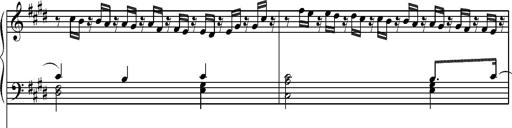
Title: Pilgerchor aus TannhÃ¤user
Composer: Franz Liszt